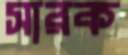
সারক